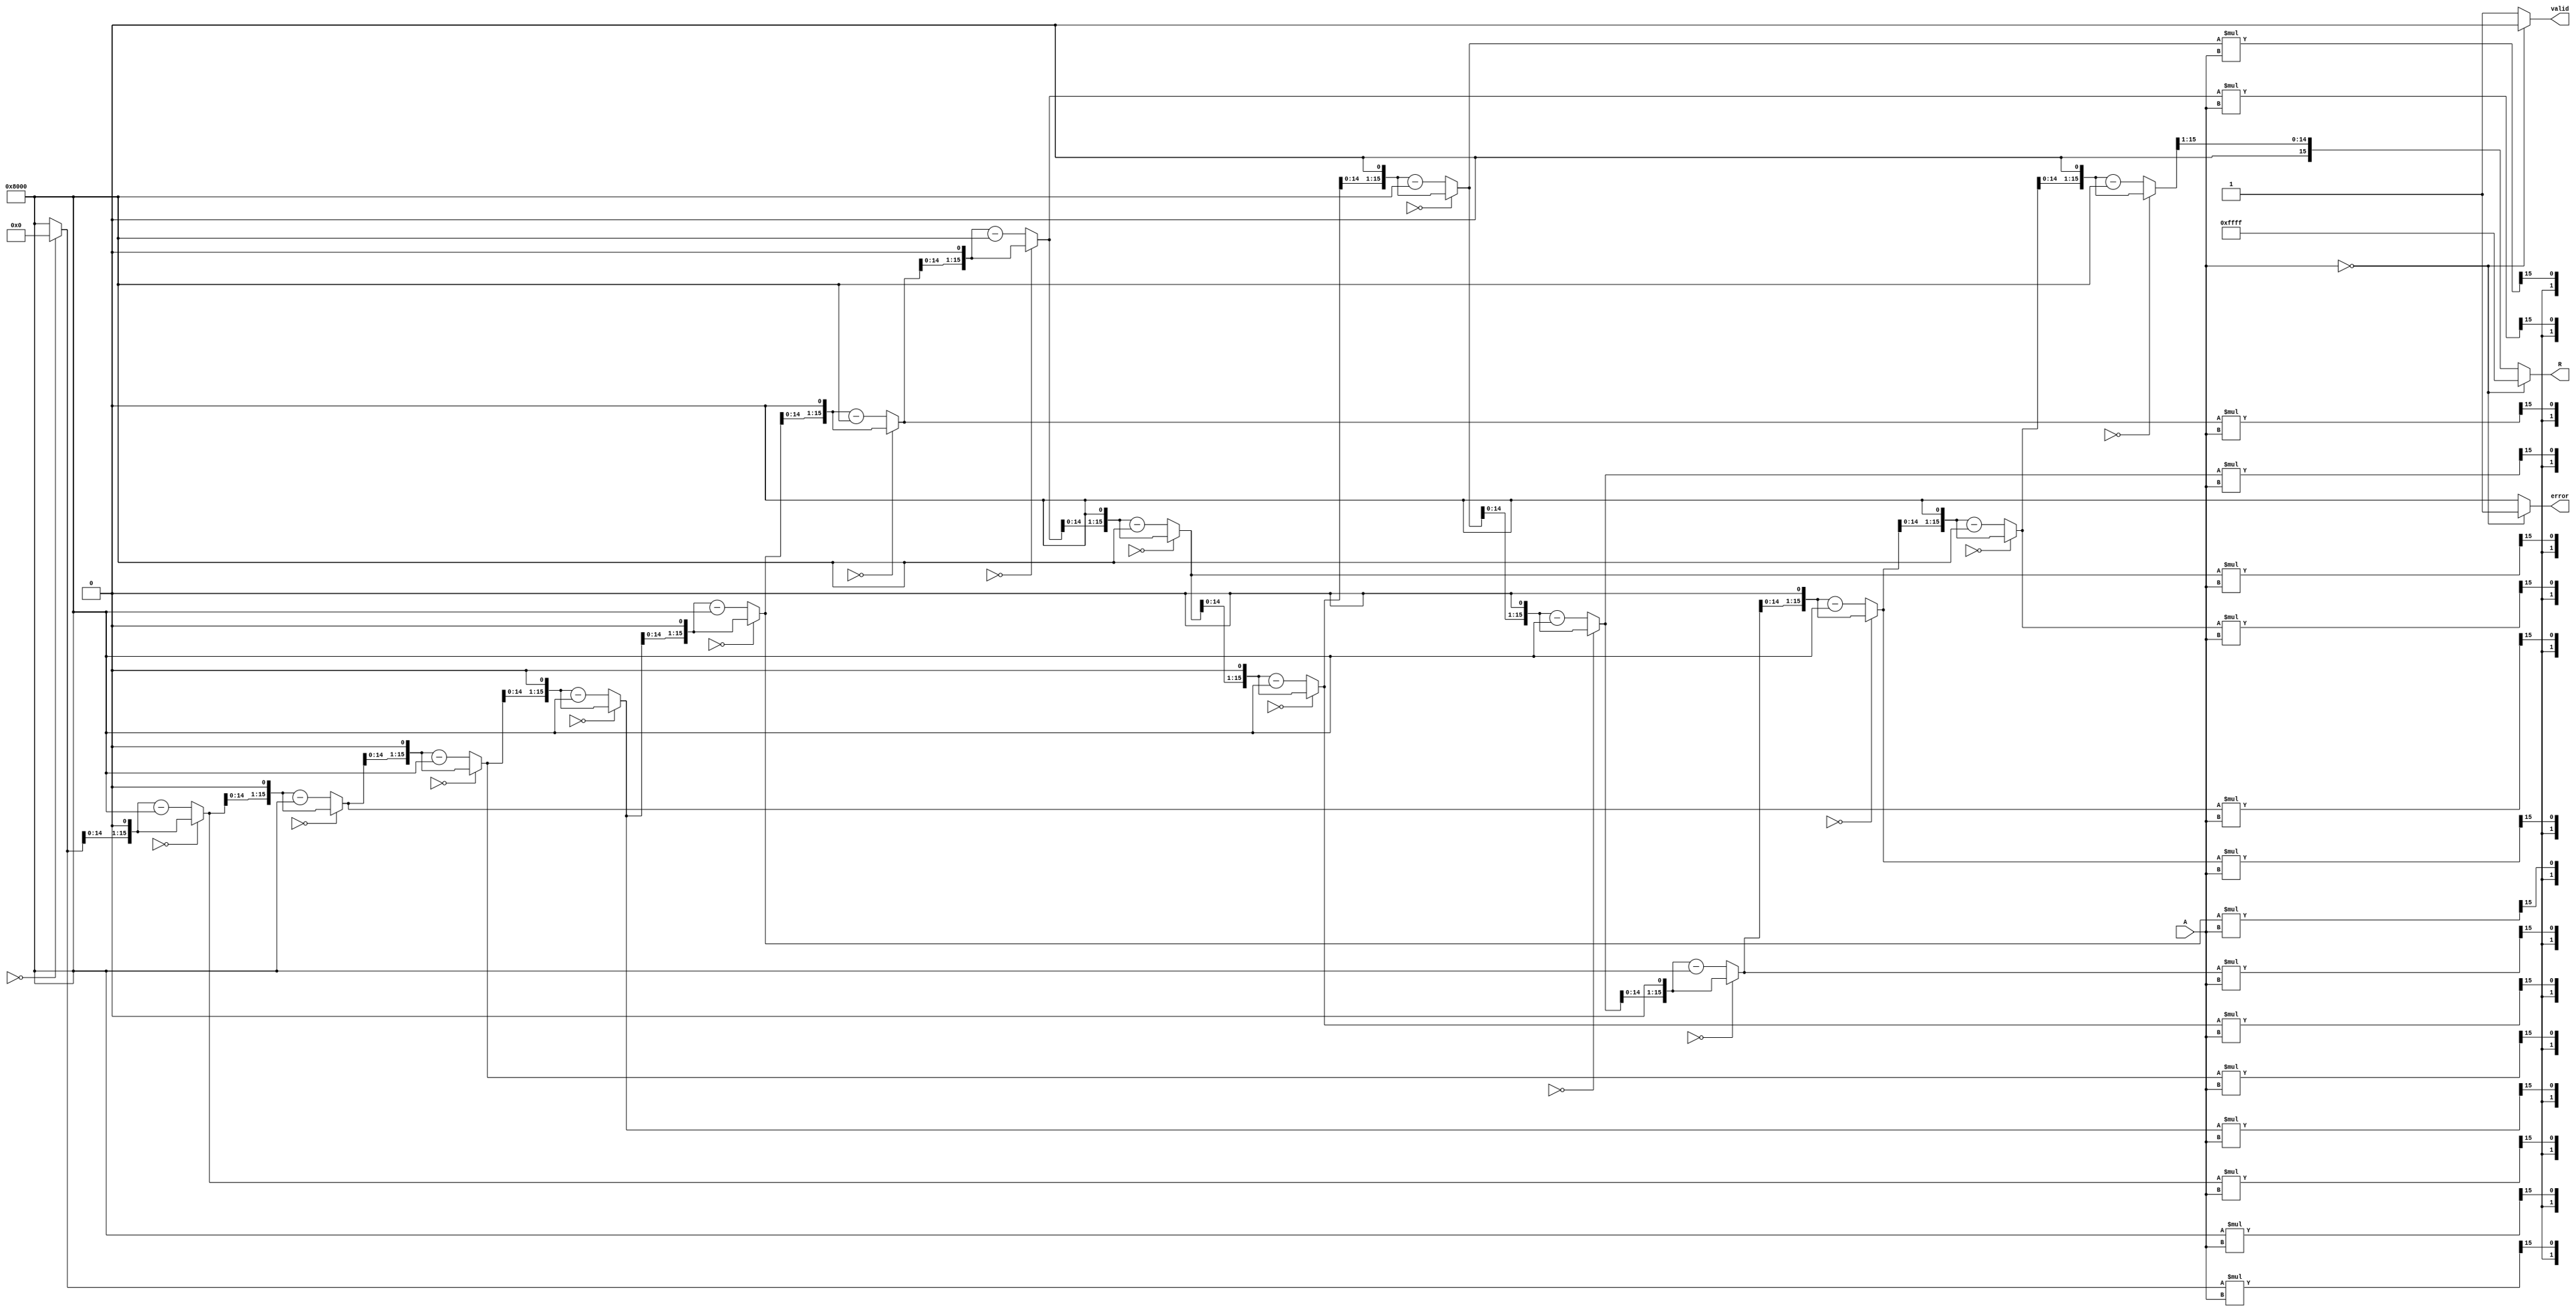
module BitwiseReciprocal #(parameter N = 16) (
    input wire [N-1:0] A,     // Input: n-bit unsigned binary number
    output reg [N-1:0] R,      // Output: n-bit approximate reciprocal
    output reg valid,          // Output valid signal
    output reg error           // Error signal for zero input
);

    // Internal registers
    reg [N-1:0] guess;         // Current approximation of the reciprocal
    reg [N-1:0] product;       // Product of guess and input A
    integer i;                 // Loop variable for iterations

    // Initialization
    always @(*) begin
        // Default values
        R = 0;
        valid = 0;
        error = 0;

        if (A == 0) begin
            // Handle zero input case
            error = 1;          // Set error flag
            R = {N{1'b1}};      // Optionally set R to all 1s to represent infinity
        end else begin
            // Start with an initial guess (1 << (N-1)) / A
            guess = (1 << (N-1)); // Initial guess: 0.5 in fixed-point
            valid = 1;           // Set valid flag

            // Bitwise approximation
            for (i = 0; i < N; i = i + 1) begin
                product = guess * A; // Compute guess * A

                if (product[N-1:N] == 2'b00) begin
                    // If product < 1 (i.e., guess * A < 2^N)
                    guess = guess << 1; // Shift guess left (multiply by 2)
                end else begin
                    // If product >= 1 (i.e., guess * A >= 2^N)
                    guess = (guess << 1) - (1 << (N-1)); // Update guess
                end
            end

            // Normalize the output
            R = guess >> 1; // Right shift to scale down
        end
    end

endmodule